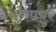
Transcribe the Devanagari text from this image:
रंगपपुर